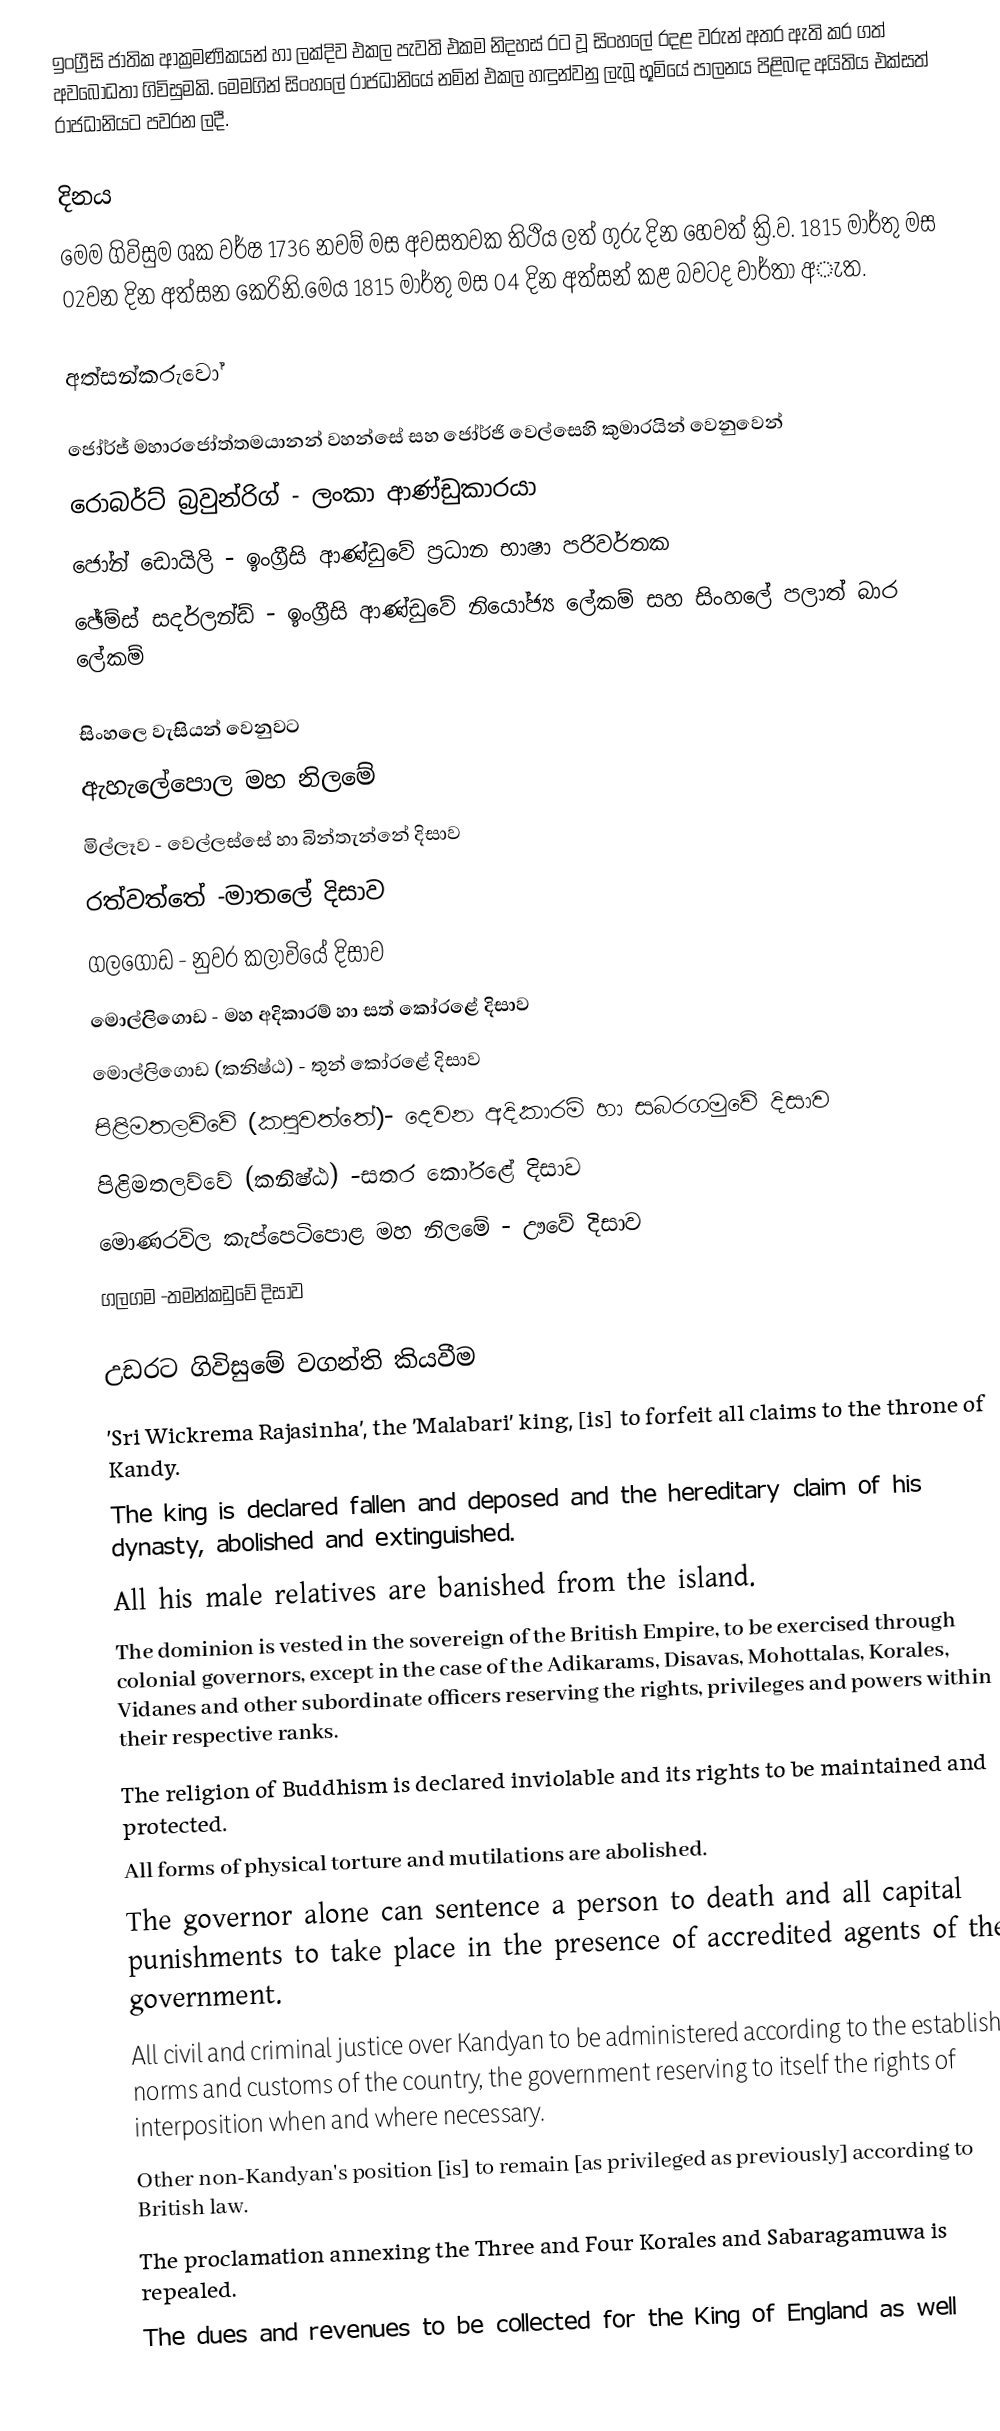
ඉංග්‍රීසි ජාතික ආක්‍රමණිකයන් හා ලක්දිව එකල පැවති එකම නිදහස් රට වූ සිංහලේ  රදළ වරුන් අතර ඇති කර ගත් අවබෝධතා ගිවිසුමකි. මෙමගින් සිංහලේ රාජධානියේ නමින් එකල හඳුන්වනු ලැබූ  භූමියේ පාලනය පිළිබඳ අයිතිය එක්සත් රාජධානියට පවරන ලදී.

දිනය
මෙම ගිවිසුම ශක වර්ෂ 1736 නවම් මස අවසතවක තිථිය ලත් ගුරු දින හෙවත් ක්‍රි.ව. 1815 මාර්තු මස 02වන දින අත්සන කෙරිනි.මෙය 1815 මාර්තු මස 04 දින අත්සන් කළ බවටද වාර්තා අැත.

අත්සන්කරුවෝ

ජෝර්ජ් මහාරජෝත්තමයානන් වහන්සේ‍ සහ ජෝර්ජි වෙල්සෙහි කුමාරයින් වෙනුවෙන්
  රොබර්ට්‌ බ්‍රවුන්රිග් - ලංකා ආණ්ඩුකාරයා
 ජෝන් ඩොයිලි  - ඉංග්‍රීසි ආණ්‌ඩුවේ ප්‍රධාන භාෂා පරිවර්තක
 ඡේම්ස්‌ සදර්ලන්ඩ්  - ඉංග්‍රීසි ආණ්‌ඩුවේ නියෝජ්‍ය ලේකම් සහ සිංහලේ පලාත් බාර ලේකම්

සිංහලෙ වැසියන් වෙනුවට
 ඇහැලේපොල මහ නිලමේ
  මිල්ලෑව - වෙල්ලස්‌සේ හා බින්තැන්නේ දිසාව
  රත්වත්තේ -මාතලේ දිසාව
  ගලගොඩ  - නුවර කලාවියේ දිසාව
 මොල්ලිගොඩ -  මහ අදිකාරම් හා සත් කෝරළේ දිසාව
 මොල්ලිගොඩ (කනිෂ්ඨ) - තුන් කෝරළේ දිසාව
 පිළිමතලව්වේ (කපුවත්තේ)-  දෙවන අදිකාරම් හා සබරගමුවේ දිසාව
 පිළිමතලව්වේ (කනිෂ්ඨ)  -සතර කෝරළේ දිසාව
 මොණරවිල කැප්පෙටිපොළ මහ නිලමේ - ඌවේ දිසාව
  ගලගම -තමන්කඩුවේ දිසාව

උඩරට ගිවිසුමේ වගන්ති කියවීම
'Sri Wickrema Rajasinha', the 'Malabari' king, [is] to forfeit all claims to the throne of Kandy.
The king is declared fallen and deposed and the hereditary claim of his dynasty, abolished and extinguished.
All his male relatives are banished from the island.
The dominion is vested in the sovereign of the British Empire, to be exercised through colonial governors, except in the case of the Adikarams, Disavas, Mohottalas, Korales, Vidanes and other subordinate officers reserving the rights, privileges and powers within their respective ranks.
The religion of Buddhism is declared inviolable and its rights to be maintained and protected.
All forms of physical torture and mutilations are abolished.
The governor alone can sentence a person to death and all capital punishments to take place in the presence of accredited agents of the government.
All civil and criminal justice over Kandyan to be administered according to the established norms and customs of the country, the government reserving to itself the rights of interposition when and where necessary.
Other non-Kandyan's position [is] to remain [as privileged as previously] according to British law.
The proclamation annexing the Three and Four Korales and Sabaragamuwa is repealed.
The dues and revenues to be collected for the King of England as well